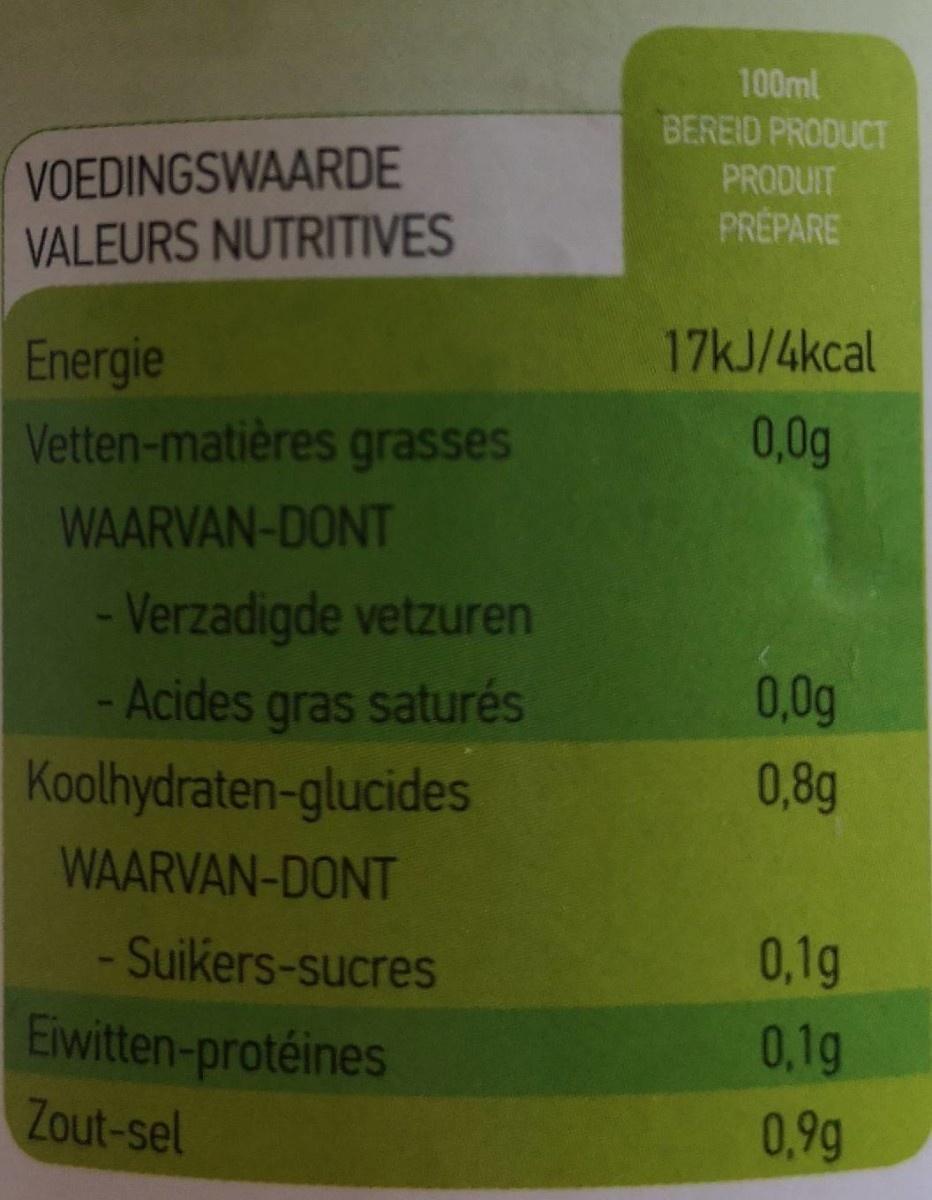
100ml
VOEDINGSWAARDE VALEURS NUTRITIVES
BEREID PRODUCT PRODUIT PRÉPARE
17KJ/4kcal
Energie Vetten-matières grasses
0,0g
WAARVAN-DONT
- Verzadigde vetzuren -Acides gras saturés Koolhydraten-glucides
0,0g
0,8g
WAARVAN-DONT
-Suikers-sucres
0,1g
Eiwitten-protéines
0.1g
Zout-sel
0,9g